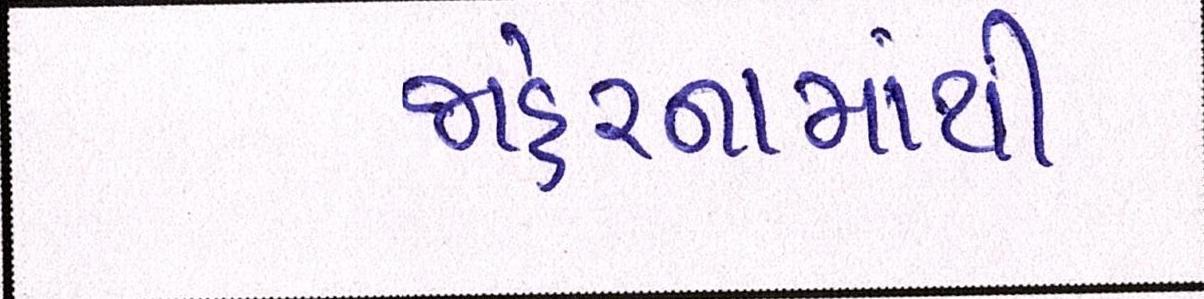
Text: જાહેરનામાથી